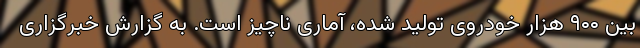
بین ۹۰۰ هزار خودروی تولید شده، آماری ناچیز است. به گزارش خبرگزاری